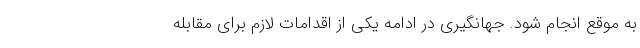
به موقع انجام شود. جهانگیری در ادامه یکی از اقدامات لازم برای مقابله